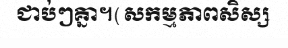
ជាប់ៗគ្នា។(សកម្មភាពសិស្ស